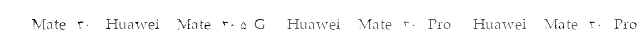
Mate 30  Huawei Mate 30 5G  Huawei Mate 30 Pro  Huawei Mate 30 Pro